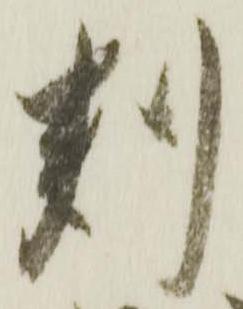
判